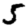
Digit: 5